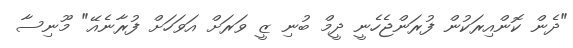
"ދެން ކޮންއިރަކުން ފުރަންޖެހެނީ ދީމް ބުނި ޒީ ވަރަށް އަވަހަށް ފުރާނެއޭ" މޫނިސާ